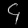
Digit: ၄